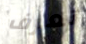
تعرف